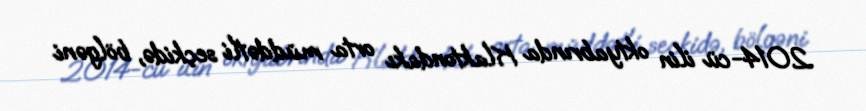
2014-cü ilin oktyabrında Klaktondakı orta müddətli seçkidə, bölgəni